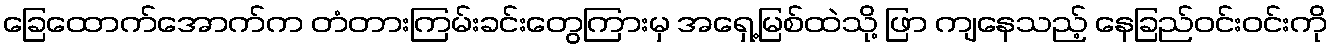
ခြေထောက်အောက်က တံတားကြမ်းခင်းတွေကြားမှ အရှေ့မြစ်ထဲသို့ ဖြာ ကျနေသည့် နေခြည်ဝင်းဝင်းကို